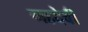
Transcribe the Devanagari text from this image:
महदेवी